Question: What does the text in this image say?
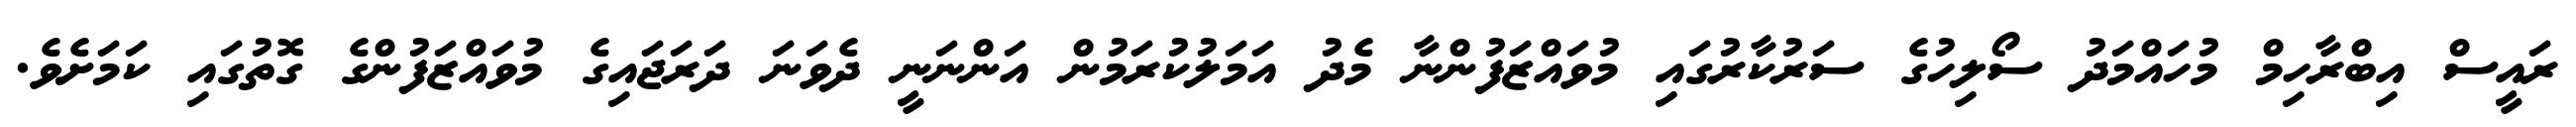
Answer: ރައީސް އިބްރާހިމް މުހައްމަދު ސޯލިހުގެ ސަރުކާރުގައި މުވައްޒަފުންނާ މެދު އަމަލުކުރަމުން އަންނަނީ ދެވަނަ ދަރަޖައިގެ މުވައްޒަފުންގެ ގޮތުގައި ކަމަށެވެ.